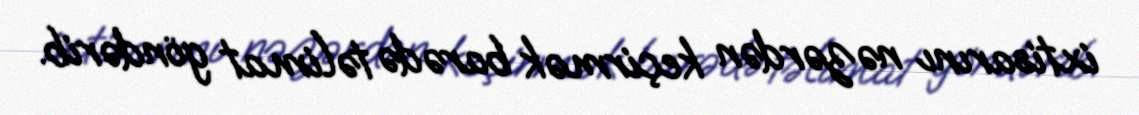
ixtisarını nəzərdən keçirmək barədə təlimat göndərib.